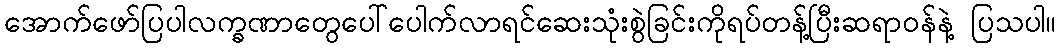
အောက်ဖော်ပြပါလက္ခဏာတွေပေါ်ပေါက်လာရင်ဆေးသုံးစွဲခြင်းကိုရပ်တန့်ပြီးဆရာဝန်နဲ့ ပြသပါ။